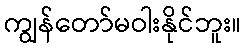
ကျွန်တော်မဝါးနိုင်ဘူး။